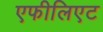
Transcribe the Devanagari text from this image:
एफीलिएट